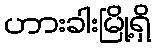
ဟားခါးမြို့ရှိ